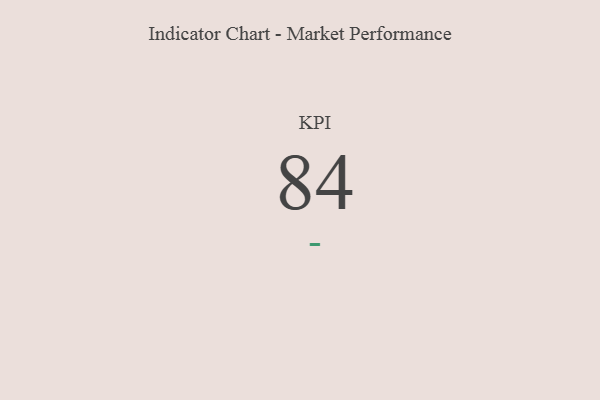
{"axis": {"x": "KPI", "y": "Value"}, "legend": [""], "data": [{"x": "KPI", "y": 84, "type": ""}]}